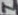
Text: 2